Vaccination North-Western Provinces and Oudh 1878-1895 - 1878-1895
Year: 1878
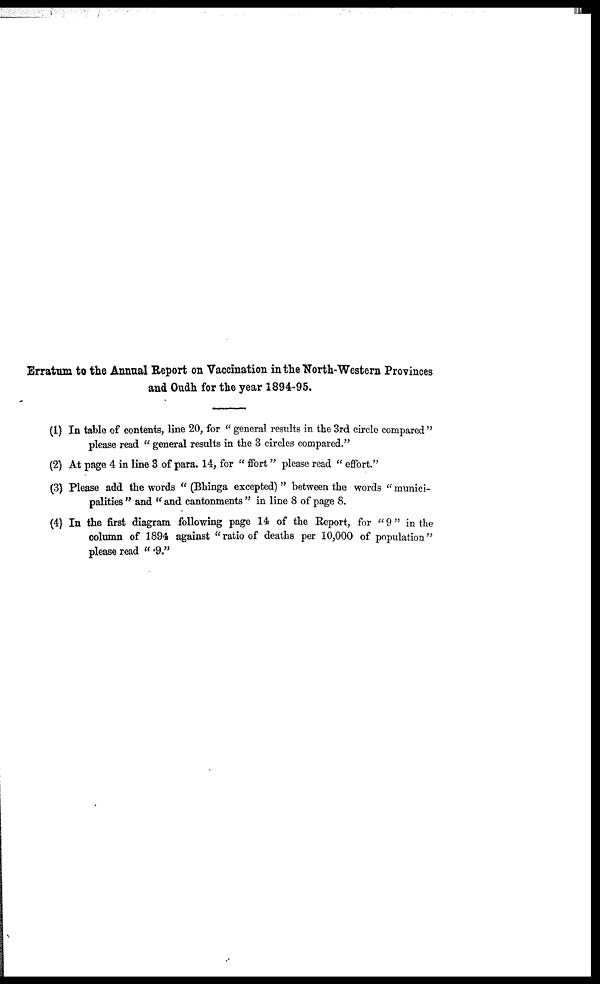
Erratum to the Annual Report on Vaccination in the North-Western Provinces
and Oudh for the year 1894-95.
(1) In table of contents, line 20, for "general results in the 3rd circle compared"
please read "general results in the 3 circles compared."
(2) At page 4 in line 3 of para. 14, for "ffort" please read "effort."
(3) Please add the words "(Bhinga excepted)" between the words "munici-
palities" and " and cantonments" in line 8 of page 8.
(4) In the first diagram following page 14 of the Report, for "9" in the
column of 1894 against "ratio of deaths per 10,000 of population"
please read ".9."